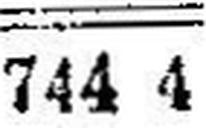
744 4